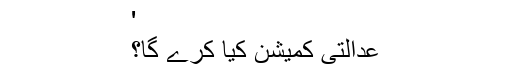
'
عدالتی کمیشن کیا کرے گا؟